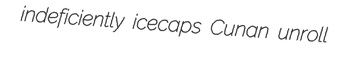
indeficiently icecaps Cunan unroll